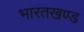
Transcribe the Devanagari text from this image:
भारतखण्ड